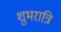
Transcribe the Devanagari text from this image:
शुभरात्रि